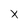
Character: x